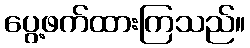
ပွေ့ဖက်ထားကြသည်။